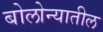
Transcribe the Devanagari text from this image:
बोलोन्यातील